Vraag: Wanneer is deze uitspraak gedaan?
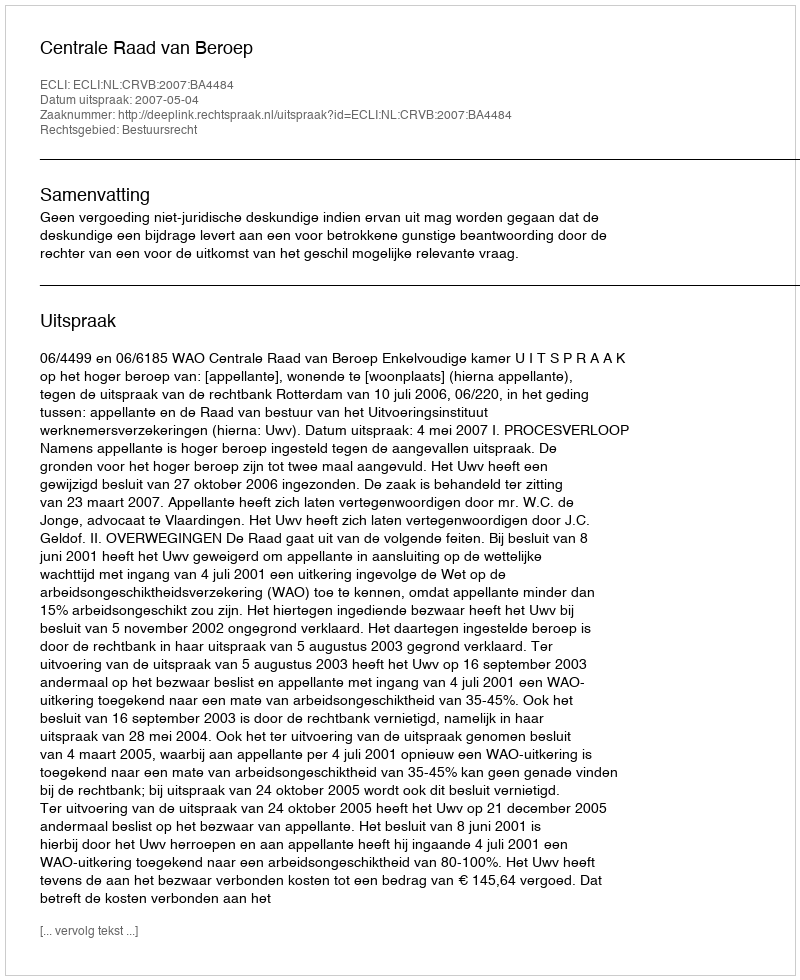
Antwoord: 2007-05-04